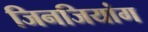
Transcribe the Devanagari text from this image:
जिनजियांग